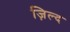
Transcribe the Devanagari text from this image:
ज़िल्द